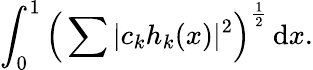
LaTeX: \int_{0}^{1}{\Bigl(}\sum|c_{k}h_{k}(x)|^{2}{\Bigr)}^{\frac{1}{2}}\, \mathrm{d}x.